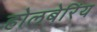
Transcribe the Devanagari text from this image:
होलबेरिंय